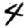
Digit: 4